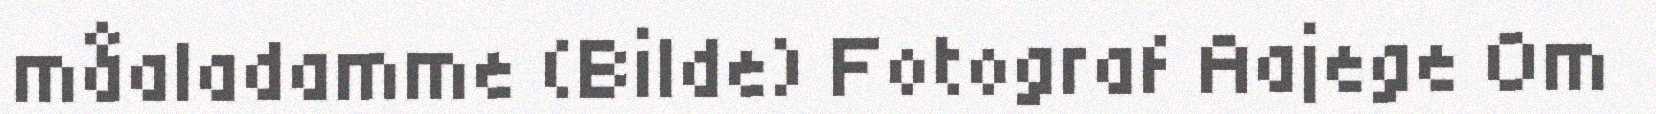
måaladamme (Bilde) Fotograf Aajege Om